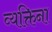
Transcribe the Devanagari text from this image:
व्यक्तिना